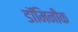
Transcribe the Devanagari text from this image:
डॉमिनीक